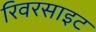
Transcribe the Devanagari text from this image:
रिवरसाइट